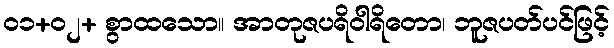
၀၁+၀၂+ စွာထသော။ အာတုဇပရိဝါရိတော၊ ဘူဇပတ်ပင်ဖြင့်